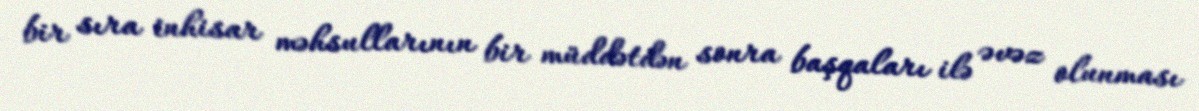
bir sıra inhisar məhsullarının bir müddətdən sonra başqaları ilə əvəz olunması